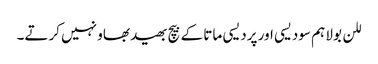
للن بولا ہم سودیسی اور پردیسی ماتا کے بیچ بھید بھاو نہیں کرتے۔